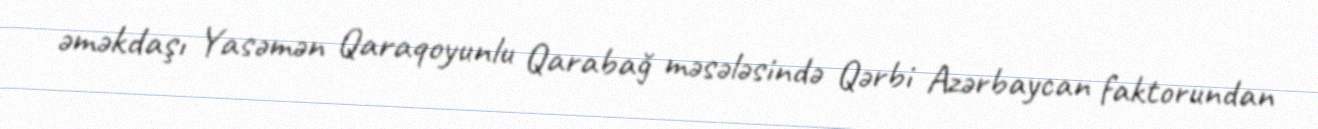
əməkdaşı Yasəmən Qaraqoyunlu Qarabağ məsələsində Qərbi Azərbaycan faktorundan